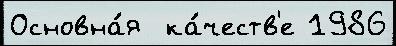
Основна́я  ка́честв'е 1986